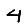
Digit: 4